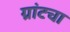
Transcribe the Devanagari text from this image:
ग्रांटचा